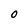
Character: O